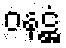
ဝနဋ္ဌံ